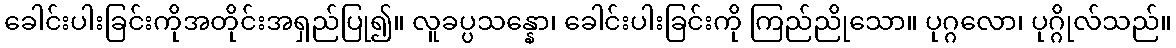
ခေါင်းပါးခြင်းကိုအတိုင်းအရှည်ပြု၍။ လူခပ္ပသန္နော၊ ခေါင်းပါးခြင်းကို ကြည်ညိုသော။ ပုဂ္ဂလော၊ ပုဂ္ဂိုလ်သည်။